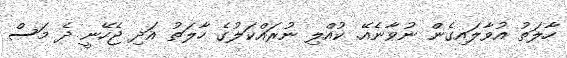
ހާލަތު އުވާލައިގެން ނުވާނެއޭ. ކުއްލި ނުރައްކަލުގެ ހާލަތު އަދި ޖެހޭނީ ދެ މަސް